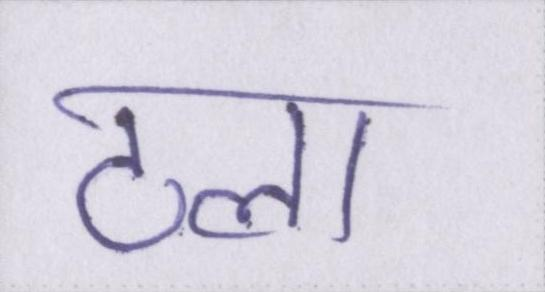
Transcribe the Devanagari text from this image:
टला